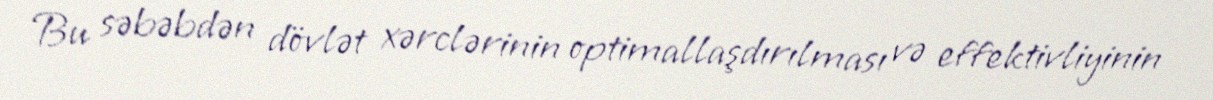
Bu səbəbdən dövlət xərclərinin optimallaşdırılması və effektivliyinin